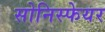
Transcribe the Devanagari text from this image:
सोनिस्फेयर